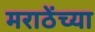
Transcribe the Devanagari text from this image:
मराठेंच्या